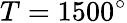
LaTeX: T=1500^{\circ}